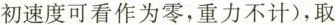
初速度可看作为零，重力不计)，取